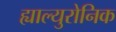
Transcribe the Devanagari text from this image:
ह्याल्युरोनिक